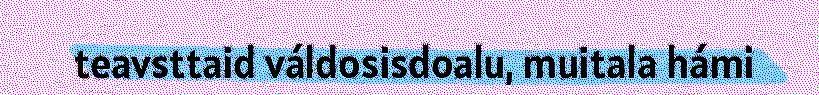
teavsttaid váldosisdoalu, muitala hámi